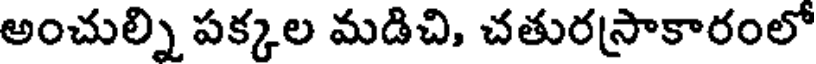
అంచుల్ని పక్కల మడిచి, చతురస్రాకారంలో